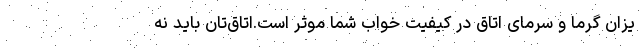
یزان گرما و سرمای اتاق در کیفیت خواب شما موثر است.اتاق‌تان باید نه